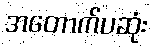
အတောက်ပဆုံး